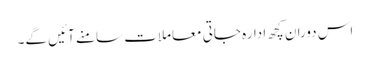
اس دوران کچھ ادارہ جاتی معاملات سامنے آئیں گے۔